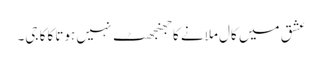
عشق میں کال ملانے کا جھنجھٹ نہیں ہوتا کاکا جی۔